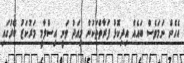
އެހެން ނަމަވެސް ބައެއް އިދިކޮޅު ފަރާތްތަކުން މިއަދު ވަނީ އިސްލާމީ މަރުކަޒު ބޭރުގައި